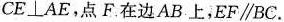
CE⊥AE，点F。在边AB上，EF∥BC。